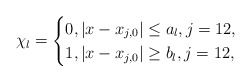
\begin{align*}\chi_{l}=\begin{cases}0, |x-x_{j,0}|\leq a_{l}, j=1 2,\\1, |x-x_{j,0}|\geq b_{l}, j=1 2,\end{cases}\end{align*}